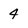
Character: 4